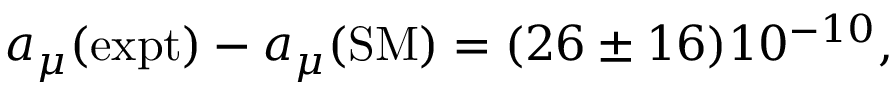
a _ { \mu } ( \mathrm { e x p t } ) - a _ { \mu } ( \mathrm { S M } ) = ( 2 6 \pm 1 6 ) 1 0 ^ { - 1 0 } ,